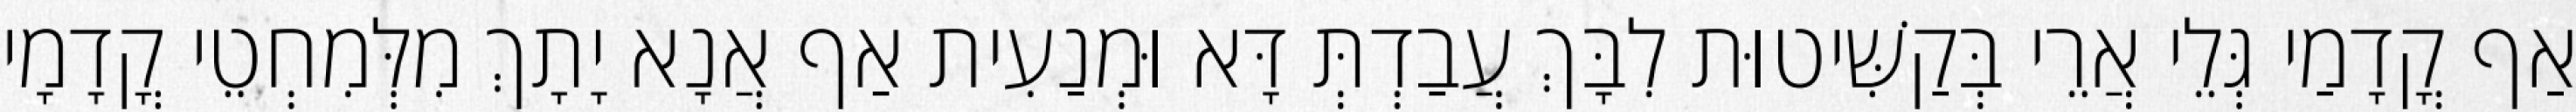
אַף קֳדָמַי גְּלֵי אֲרֵי בְּקַשִּׁיטוּת לִבָּךְ עֲבַדְתְּ דָּא וּמְנַעִית אַף אֲנָא יָתָךְ מִלְּמִחְטֵי קֳדָמָי